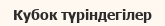
Кубок түріндегілер